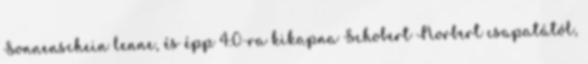
Sonnenschein lenne, és épp 4:0-ra kikapna Schobert Norbert csapatától,